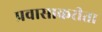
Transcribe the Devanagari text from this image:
प्रवासाकरीता